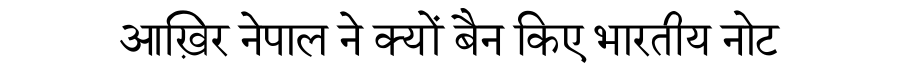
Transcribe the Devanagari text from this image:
आख़िर नेपाल ने क्यों बैन किए भारतीय नोट